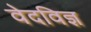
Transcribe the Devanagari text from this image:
वेदविज्ञ